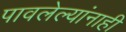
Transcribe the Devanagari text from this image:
पावलेल्यांनाही